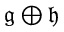
{ \mathfrak { g } } \oplus { \mathfrak { h } }